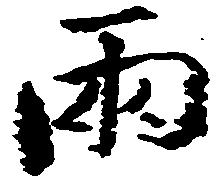
両